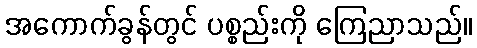
အကောက်ခွန်တွင် ပစ္စည်းကို ကြေညာသည်။